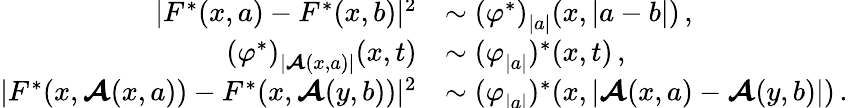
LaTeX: \begin{array}{rl}{\smash{\vert F^{*}(x,a)-F^{*}(x,b)\vert^{2}}}&{\sim\smash{\smash{(\varphi^{*})}_{\smash{\vert a\vert}}(x,\vert a-b\vert)}\, ,}\\ {\smash{\smash{(\varphi^{*})}_{\smash{\vert\boldsymbol{\mathcal{A}}(x,a)\vert}}(x,t)}}&{\sim\smash{\smash{(\varphi}_{\smash{\vert a\vert}})^{*}(x,t)}\, ,}\\ {\smash{\vert F^{*}(x,\boldsymbol{\mathcal{A}}(x,a))-F^{*}(x,\boldsymbol{\mathcal{A}}(y,b))\vert^{2}}}&{\sim\smash{\smash{(\varphi}_{\smash{\vert a\vert}})^{*}(x,\vert\boldsymbol{\mathcal{A}}(x,a)-\boldsymbol{\mathcal{A}}(y,b)\vert)}\, .}\end{array}